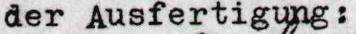
der Ausfertigung: